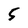
Character: 5